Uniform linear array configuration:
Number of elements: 8
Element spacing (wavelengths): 0.75
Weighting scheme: hann
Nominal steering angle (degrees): -30
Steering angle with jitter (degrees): -29.715
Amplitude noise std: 0.05
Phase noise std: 0.05

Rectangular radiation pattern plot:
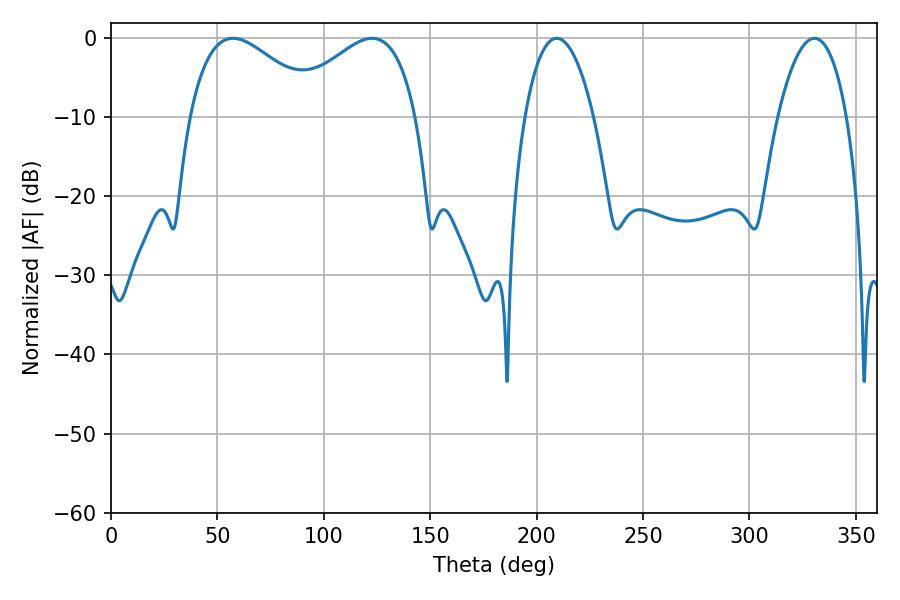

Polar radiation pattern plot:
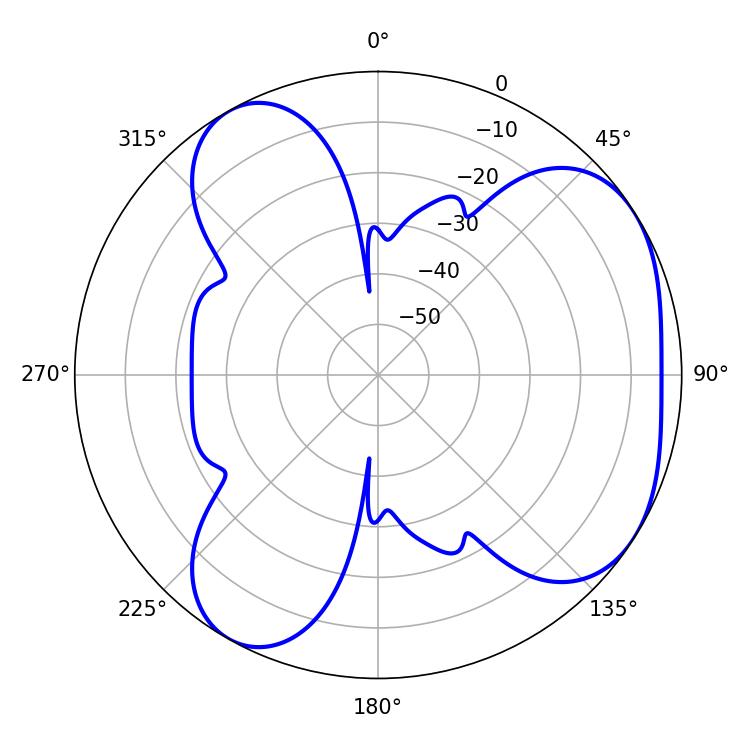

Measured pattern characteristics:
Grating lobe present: TRUE
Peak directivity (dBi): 4.624
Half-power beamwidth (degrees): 33.66
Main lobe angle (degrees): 57.24